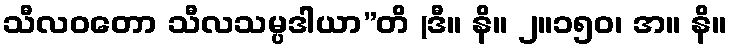
သီလဝတော သီလသမ္ပဒါယာ”တိ (ဒီ။ နိ။ ၂။၁၅၀၊ အ။ နိ။